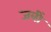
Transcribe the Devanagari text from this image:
जबीं